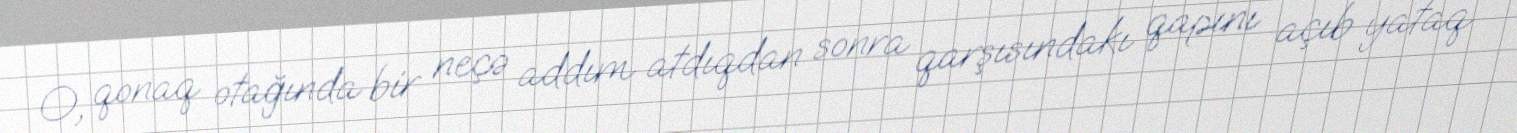
O, qonaq otağında bir neçə addım atdıqdan sonra qarşısındakı qapını açıb yataq